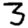
Digit: 3